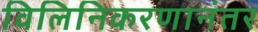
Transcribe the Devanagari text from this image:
विलिनिकरणानंतर